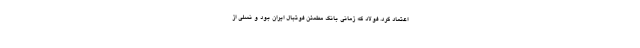
اعتماد کرد. فولاد که زمانی بانک مطمئن فوتبال ایران بود و نسلی از